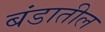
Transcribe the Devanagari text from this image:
बंडातील